system: You are a helpful assistant.
user:
Analyze the provided spectrum to determine if it is a **Carbon Star (C-type)**.

- **Key Visual Indicators of Carbon Star:**
    - **(Primary):** Strong molecular absorption from **C₂ (diatomic carbon) "Swan Bands."** This is the **defining feature** of a carbon star.
        - **(Key Bandheads):** Sharp absorption edges are visible at approximately $5635$ Å, $5165$ Å (the strongest band), and $4737$ Å.
        - **(Line Profile):** Creates a distinct **"saw-tooth"** pattern. The key morphology is a sharp, steep bandhead on the **red (long-wavelength) side**, which then gradually tapers off (i.e., flux recovers) towards the **blue (short-wavelength) side**. *(This is the direct opposite of the TiO bands seen in M-type stars)*.

    - **(Secondary):** Intense **CN (cyanogen)** molecular absorption bands.
        - **(Key Bandheads):** Located in the blue and violet regions of the spectrum (e.g., near $4215$ Å and $3883$ Å).
        - **(Morphology):** These bands are extremely broad and act as a "blanket," absorbing the vast majority of blue and violet light. This creates a characteristic **"cliff"** or **"steep drop-off"** in the spectrum's flux at short wavelengths.

    - **(Key Confirmation):** Strong **CH absorption band (G-band)**.
        - **(Key Bandhead):** Located around $4300$ Å. The contribution from CH molecules to this band is exceptionally strong.

    - **(Overall Spectrum):**
        - The continuum is severely "chopped up" by these deep molecular bands, especially C₂, rather than appearing as a smooth curve.
        - Due to the heavy CN and C₂ absorption in the blue-green, the vast majority of the star's flux is concentrated in the red part of the spectrum, giving the star its characteristic deep red color.

Think first, call **spectral_visualization_tool** if needed to examine features in detail, then provide your final answer. Your response must adhere to the following strict rules:
1.  **Overall Structure:** Your response must follow the format `<think>...</think> <tool_call>...</tool_call> (if a tool is used) <answer>...</answer>`.
2.  **Tool Usage Constraint:** You may only make **one** tool call per turn.
3.  **Final Answer Format:** In the `<answer>` tag, your conclusion must be inside a `\boxed{}` command (e.g., `\boxed{YES}`), followed by your justification.

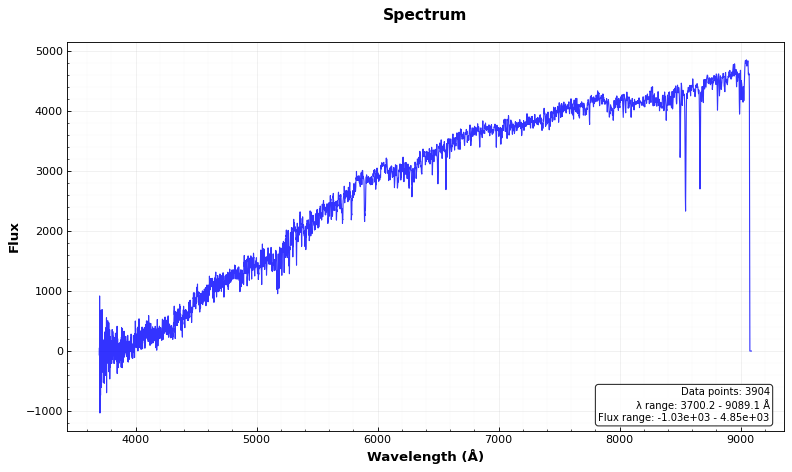
Answer: NO